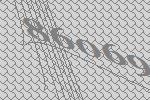
86069